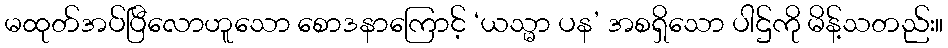
မထုတ်အပ်ပြီလောဟူသော စောဒနာကြောင့် ‘ယသ္မာ ပန’ အစရှိသော ပါဌ်ကို မိန့်သတည်း။